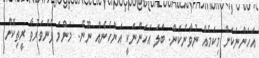
އަހަންނަކަށް މިކަމެއް ނުވާނެކަން. ބަލަ އަހަންނަކީ އަންހެނެއް ނޫނޭ.. މަންމަ ފެންވަރުވާ ރީތިކޮށް